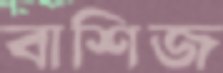
বাশিজ